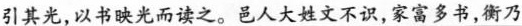
引其光，以书映光而读之。\underline{邑人大姓文不识，家富多书，衡乃}